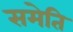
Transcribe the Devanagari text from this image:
समेति